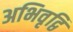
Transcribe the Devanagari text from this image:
अभिवृद्वि